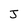
Character: J